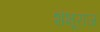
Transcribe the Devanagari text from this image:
शंभूराज